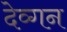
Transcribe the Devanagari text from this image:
देव्गन